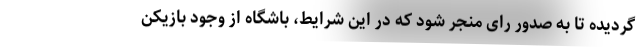
گردیده تا به صدور رای منجر شود که در این شرایط، باشگاه از وجود بازیکن